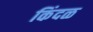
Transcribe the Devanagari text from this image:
किंदळ